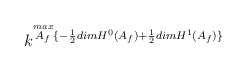
\begin{align*}k^{\stackrel{max}{A_f}\lbrace-\frac{1}{2}dimH^0(A_f)+\frac{1}{2}dimH^1(A_f)\rbrace} \end{align*}